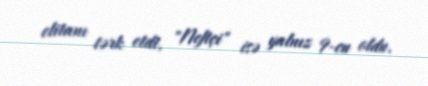
elitanı tərk etdi, "Neftçi" isə yalnız 9-cu oldu.